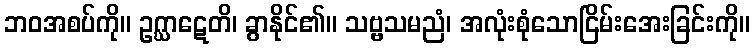
ဘဝအစပ်ကို။ ဥဂ္ဃာဋေတိ၊ ခွာနိုင်၏။ သဗ္ဗသမညံ၊ အလုံးစုံသောငြိမ်းအေးခြင်းကို။